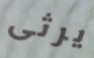
يرثى